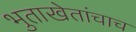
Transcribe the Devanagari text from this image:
भुताखेतांचाच